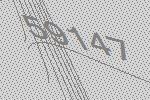
59147